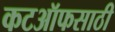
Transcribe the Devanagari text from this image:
कटऑफसाठी